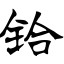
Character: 铪